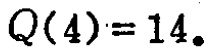
\(Q(4)=14\)